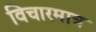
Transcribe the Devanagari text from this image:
विचारमात्र